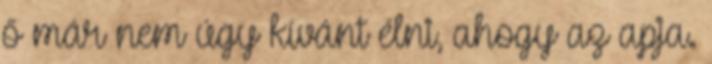
ő már nem úgy kívánt élni, ahogy az apja.